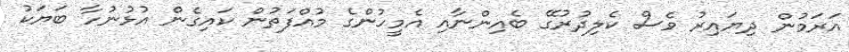
އަރަމުން ދިޔައިރު ވެސް ކެލިދުރުގޭ ބެއިންނާއި އެމީހުންގެ މުއްފަތުން ކައިގެން އުޅުނުހާ ބަޔަކު